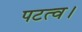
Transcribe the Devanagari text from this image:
पटत्व।